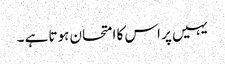
یہیں پر اس کا امتحان ہوتا ہے ۔